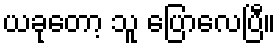
ယခုတော့ သူ ပြောလေပြီ။